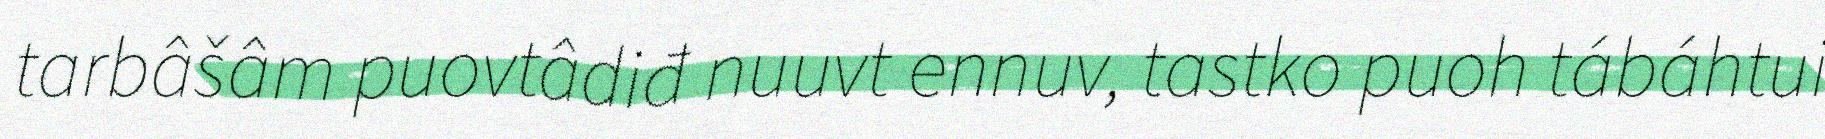
tarbâšâm puovtâdiđ nuuvt ennuv, tastko puoh tábáhtui